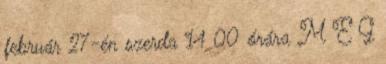
február 27-én szerda 14 00 órára M E G